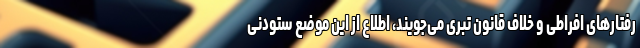
رفتار‌های افراطی و خلاف قانون تبری می‌جویند، اطلاع از این موضع ستودنی